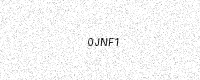
Text: 0JNF1